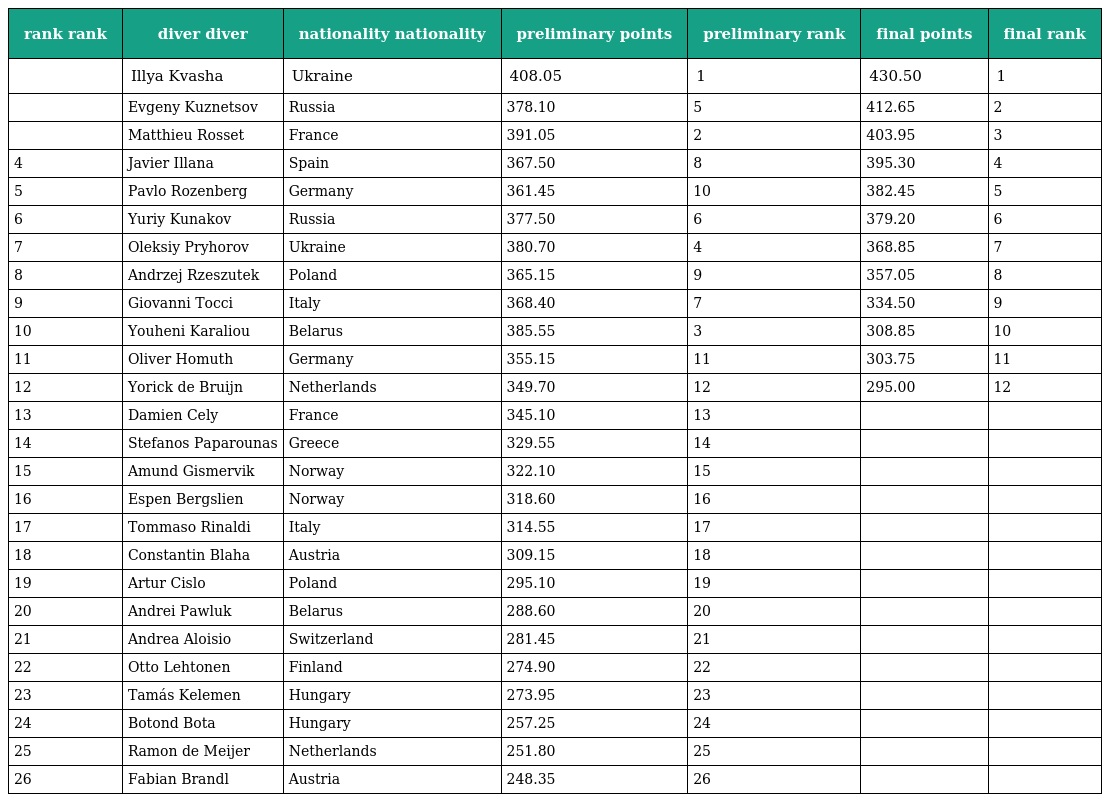
| rank rank | diver diver | nationality nationality | preliminary points | preliminary rank | final points | final rank |
 | --- | --- | --- | --- | --- | --- | --- |
 |  | Illya Kvasha | Ukraine | 408.05 | 1 | 430.50 | 1 |
 |  | Evgeny Kuznetsov | Russia | 378.10 | 5 | 412.65 | 2 |
 |  | Matthieu Rosset | France | 391.05 | 2 | 403.95 | 3 |
 | 4 | Javier Illana | Spain | 367.50 | 8 | 395.30 | 4 |
 | 5 | Pavlo Rozenberg | Germany | 361.45 | 10 | 382.45 | 5 |
 | 6 | Yuriy Kunakov | Russia | 377.50 | 6 | 379.20 | 6 |
 | 7 | Oleksiy Pryhorov | Ukraine | 380.70 | 4 | 368.85 | 7 |
 | 8 | Andrzej Rzeszutek | Poland | 365.15 | 9 | 357.05 | 8 |
 | 9 | Giovanni Tocci | Italy | 368.40 | 7 | 334.50 | 9 |
 | 10 | Youheni Karaliou | Belarus | 385.55 | 3 | 308.85 | 10 |
 | 11 | Oliver Homuth | Germany | 355.15 | 11 | 303.75 | 11 |
 | 12 | Yorick de Bruijn | Netherlands | 349.70 | 12 | 295.00 | 12 |
 | 13 | Damien Cely | France | 345.10 | 13 |  |  |
 | 14 | Stefanos Paparounas | Greece | 329.55 | 14 |  |  |
 | 15 | Amund Gismervik | Norway | 322.10 | 15 |  |  |
 | 16 | Espen Bergslien | Norway | 318.60 | 16 |  |  |
 | 17 | Tommaso Rinaldi | Italy | 314.55 | 17 |  |  |
 | 18 | Constantin Blaha | Austria | 309.15 | 18 |  |  |
 | 19 | Artur Cislo | Poland | 295.10 | 19 |  |  |
 | 20 | Andrei Pawluk | Belarus | 288.60 | 20 |  |  |
 | 21 | Andrea Aloisio | Switzerland | 281.45 | 21 |  |  |
 | 22 | Otto Lehtonen | Finland | 274.90 | 22 |  |  |
 | 23 | Tamás Kelemen | Hungary | 273.95 | 23 |  |  |
 | 24 | Botond Bota | Hungary | 257.25 | 24 |  |  |
 | 25 | Ramon de Meijer | Netherlands | 251.80 | 25 |  |  |
 | 26 | Fabian Brandl | Austria | 248.35 | 26 |  |  |